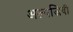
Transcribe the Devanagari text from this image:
अल्पजिवी